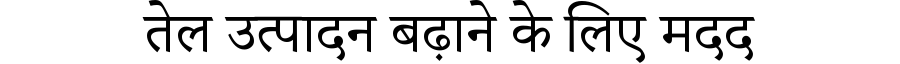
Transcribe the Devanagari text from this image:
तेल उत्पादन बढ़ाने के लिए मदद